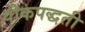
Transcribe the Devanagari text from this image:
पीकपद्धती